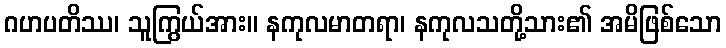
ဂဟပတိဿ၊ သူကြွယ်အား။ နကုလမာတရာ၊ နကုလသတို့သား၏ အမိဖြစ်သော